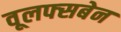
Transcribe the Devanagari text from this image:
वूलफ्सबेन